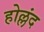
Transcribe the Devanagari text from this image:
होल्लंद